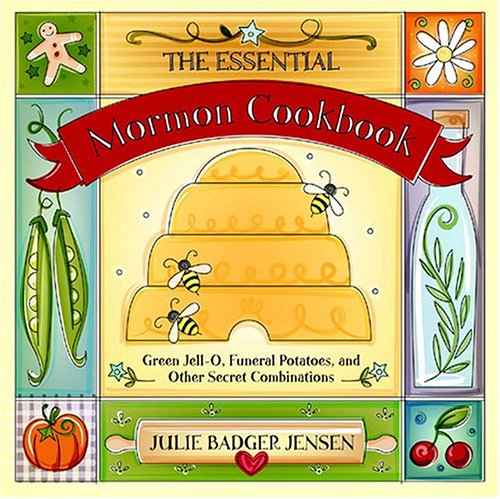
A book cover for The Essential Mormon Cookbook: Green Jell-O, Funeral Potatoes, and Other Secret Combinations; Julie Badger Jensen; Cookbooks, Food & Wine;